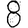
Digit: 8